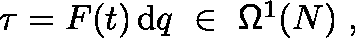
\begin{array} { r } { \tau = F ( t ) \, \mathrm { d } q \ \in \ \mathsf { \Omega } ^ { 1 } ( N ) \ , } \end{array}